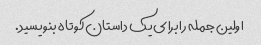
اولین جمله را برای یک داستان کوتاه بنویسید.